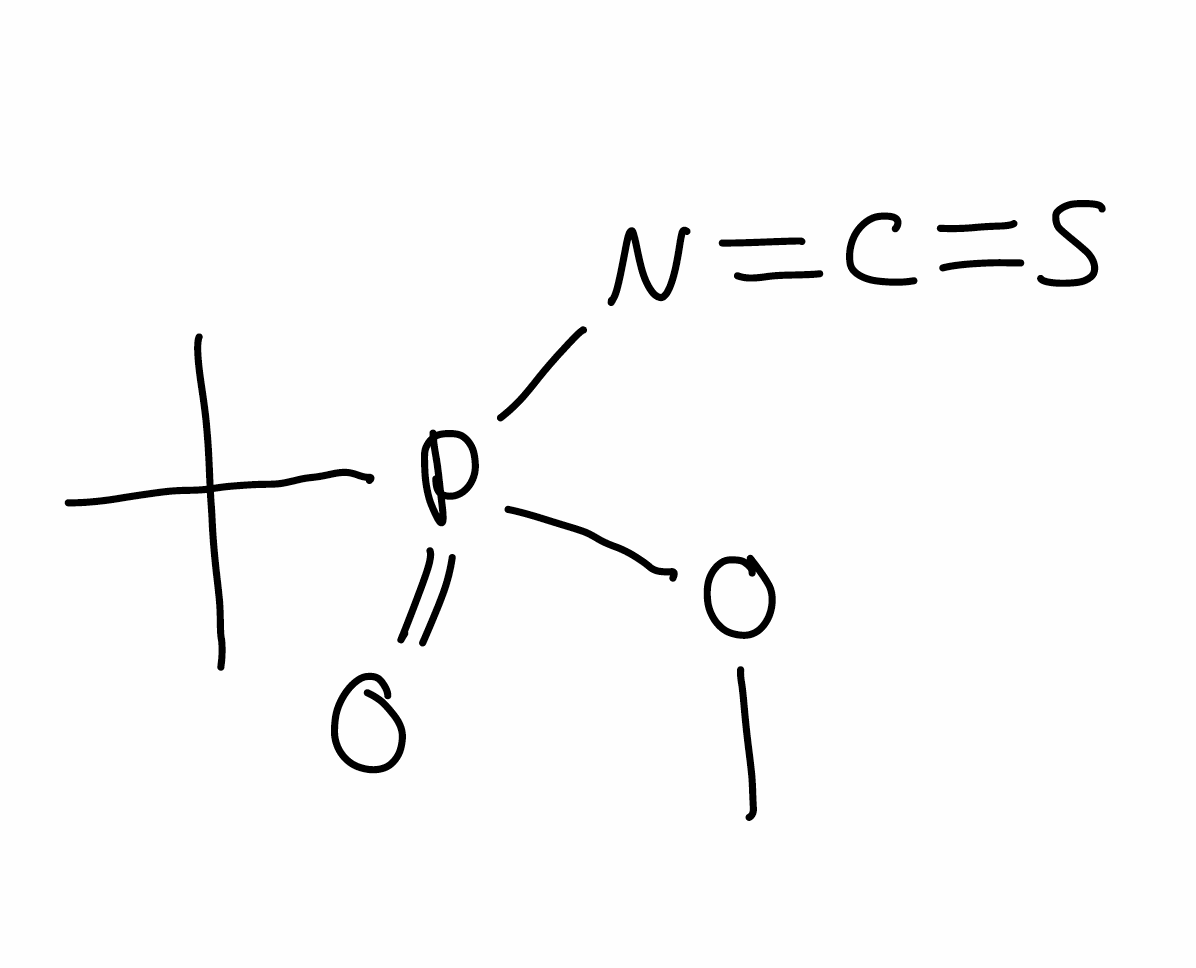
Simplified molecular-input line-entry system (SMILES) notation of the given molecule:
CC(C)(C)P(=O)(N=C=S)OC